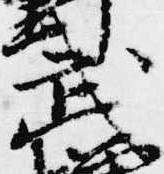
武